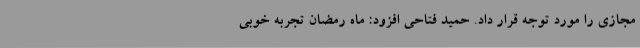
مجازی را مورد توجه قرار داد. حمید فتاحی افزود: ماه رمضان تجربه خوبی